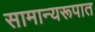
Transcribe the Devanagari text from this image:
सामान्यरूपात